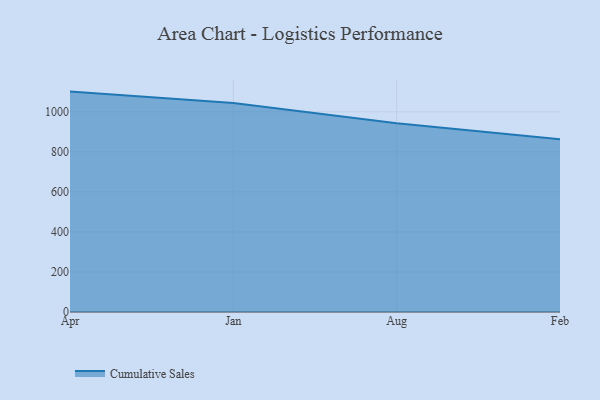
{"axis": {"x": "Month", "y": "LTV (USD)"}, "legend": ["Cumulative Sales"], "data": [{"x": "Apr", "y": 1100.8, "type": "Cumulative Sales"}, {"x": "Jan", "y": 1043.9, "type": "Cumulative Sales"}, {"x": "Aug", "y": 942.7, "type": "Cumulative Sales"}, {"x": "Feb", "y": 863.2, "type": "Cumulative Sales"}]}